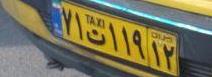
۷۱ت۱۱۹۱۲